Report on the working of the mental hospitals for Indians in Bihar and Orissa - 1925-1929
Year: 1925
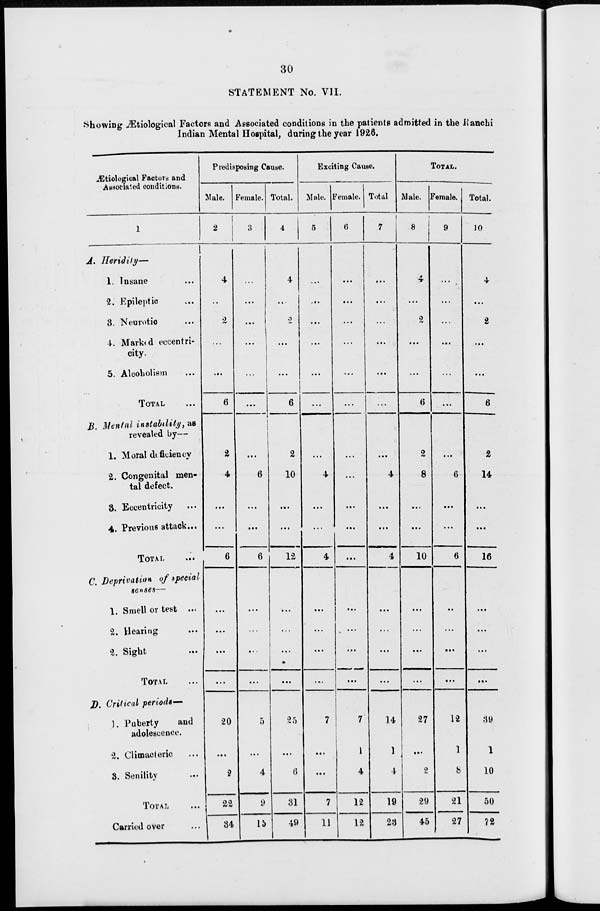
30
STATEMENT No. VII.
Showing Ætiological Factors and Associated conditions in the patients admitted in the Ranchi
Indian Mental Hospital, during the year 1926.
Ætiological Factors and
Associated conditions.
1
A.
Heridity—
1. Insane ...
2. Epileptic ...
3. Neurotic ...
4. Marked eccentri-
city.
5. Alcoholism ...
TOTAL ...
B. Mental instability, as
revealed by—
1. Moral deficiency
2. Congenital men-
tal defect.
3. Eccentricity ...
4. Previous attack...
TOTAL
...
C. Deprivation of special
senses—
1. Smell or test ...
2. Hearing ...
2. Sight ...
TOTAL ...
D. Critical periods—
1. Puberty
and
adolescence.
2. Climacteric ...
3. Senility ...
TOTAL ...
Carried over ...
Predisposing Cause.
Male.
2
4
...
2
...
...
6
2
4
...
...
6
...
...
...
...
20
...
2
22
34
Female.
3
...
...
...
...
...
...
...
6
...
...
6
...
...
...
...
5
...
4
9
15
Total.
4
4
...
2
...
...
6
2
10
...
...
12
...
...
...
...
25
...
6
31
49
Exciting Cause.
Male.
5
...
...
...
...
...
...
...
4
...
...
4
...
...
...
...
7
...
...
7
11
Female.
6
...
...
...
...
...
...
...
...
...
...
...
...
...
...
...
7
1
4
12
12
Total
7
...
...
...
...
...
...
...
4
...
...
4
...
...
...
...
14
1
4
19
23
TOTAL.
Male.
8
4
...
2
...
...
6
2
8
...
...
10
...
...
...
...
27
...
2
29
45
Female.
9
...
...
...
...
...
...
...
6
...
...
6
...
...
...
...
12
1
8
21
27
Total.
10
4
...
2
...
...
6
2
14
...
...
16
...
...
...
...
39
1
10
50
72